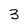
Character: 3